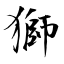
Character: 獅